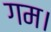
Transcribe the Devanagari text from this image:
गम।